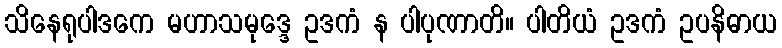
သိနေရုပါဒကေ မဟာသမုဒ္ဒေ ဥဒကံ န ပါပုဏာတိ။ ပါတိယံ ဥဒကံ ဥပနိဓာယ